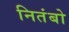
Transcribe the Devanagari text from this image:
नितंबो